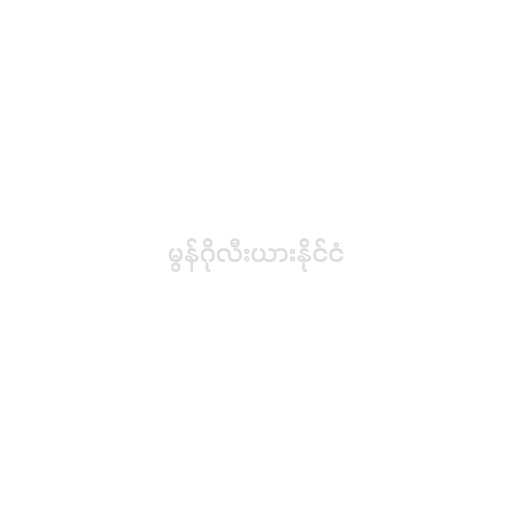
မွန်ဂိုလီးယားနိုင်ငံ